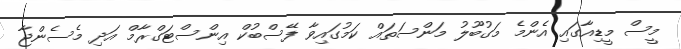
މީސް މީޑިއާގައި އެންމެ މަގުބޫލު މަންސަތައް ކަމުގައިވާ ފޭސްބުކް އިންސްޓަގްރާމް އަދި މެސެންޖާ